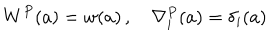
LaTeX: W ^ { P } ( a ) = w ( a ) \, , \quad \nabla _ { i } ^ { P } ( a ) = \delta _ { i } ( a )